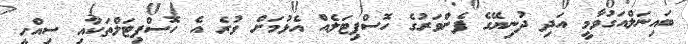
ބައިނަލްއަގުވާމީ އަދި ދުނިޔޭގެ ފެންވަރުގެ ހޮސްޕިޓަލެއް އެޅުމަށް ވުރެ އެ ހޮސްޕިޓަލްތަކާއި ސިއްހީ